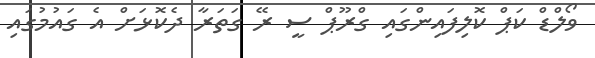
ވޯލްޑް ކަޕް ކޮލިފައިންގައި ގްރޫޕް ސީ ރޭ ގަތަރާ ދެކޮޅަށް އެ ގައުމުގައި